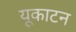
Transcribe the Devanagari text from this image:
यूकाटन